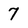
Character: 7